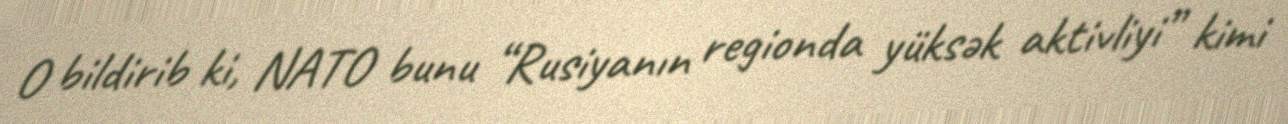
O bildirib ki, NATO bunu “Rusiyanın regionda yüksək aktivliyi” kimi